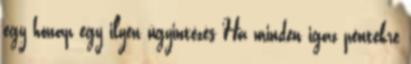
egy hónap egy ilyen ügyintézés Ha minden igaz péntekre